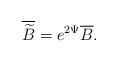
LaTeX: \begin{align*}\overline{\widetilde{B}}=e^{2\Psi }\overline{B}.\end{align*}